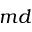
m d